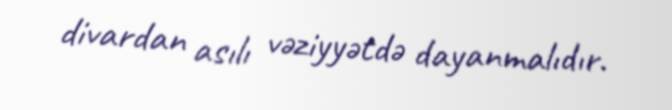
divardan asılı vəziyyətdə dayanmalıdır.